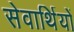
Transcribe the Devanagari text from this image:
सेवार्थियों